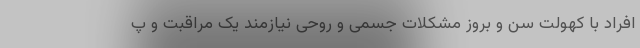
افراد با کهولت سن و بروز مشکلات جسمی و روحی نیازمند یک مراقبت و پ